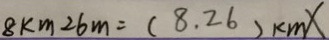
8 k m 2 6 m = ( 8 . 2 6 ) k m X